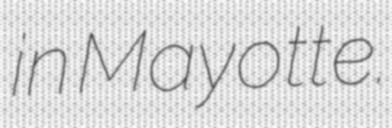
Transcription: in Mayotte.